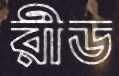
রীড